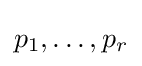
p_{1},\dots ,p_{r}